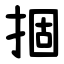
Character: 㧽